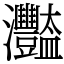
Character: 𤅿